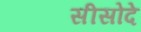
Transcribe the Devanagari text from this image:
सीसोदे